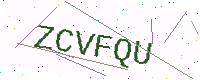
Text: ZCVFQU